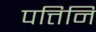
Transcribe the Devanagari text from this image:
पत्तिनि